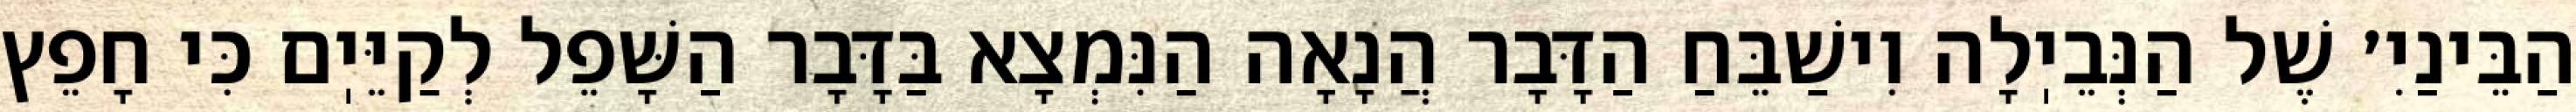
הַבֵּינַיִ׳ שֶׁל הַנְּבֵיֽלָה וִישַׁבֵּחַ הַדָּבָר הֲנָאָה הַנִּמְצָא בַּדָּבָר הַשָּׁפֵל לְקַיֵּיֽם כִּי חָפֵץ